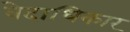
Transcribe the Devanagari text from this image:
वेदाधिकार